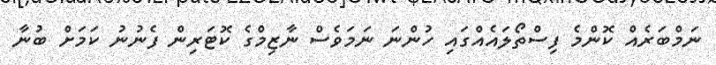
ނަމްބަރެއް ކޮންމެ ފިސްތޯލައެއްގައި ހުންނަ ނަމަވެސް ނާޒިމްގެ ކޮޓަރިން ފެނުނު ކަމަށް ބުނާ